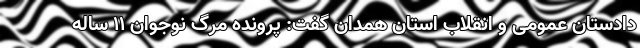
دادستان عمومی و انقلاب استان همدان گفت: پرونده مرگ نوجوان ۱۱ ساله